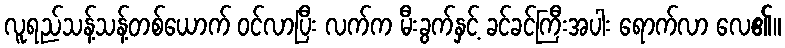
လူရည်သန့်သန့်တစ်ယောက် ဝင်လာပြီး လက်က မီးခွက်နှင့် ခင်ခင်ကြီးအပါး ရောက်လာ လေ၏။